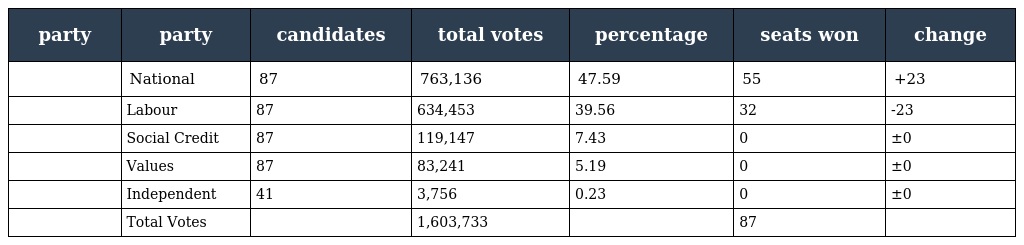
| party | party | candidates | total votes | percentage | seats won | change |
 | --- | --- | --- | --- | --- | --- | --- |
 |  | National | 87 | 763,136 | 47.59 | 55 | +23 |
 |  | Labour | 87 | 634,453 | 39.56 | 32 | -23 |
 |  | Social Credit | 87 | 119,147 | 7.43 | 0 | ±0 |
 |  | Values | 87 | 83,241 | 5.19 | 0 | ±0 |
 |  | Independent | 41 | 3,756 | 0.23 | 0 | ±0 |
 |  | Total Votes |  | 1,603,733 |  | 87 |  |